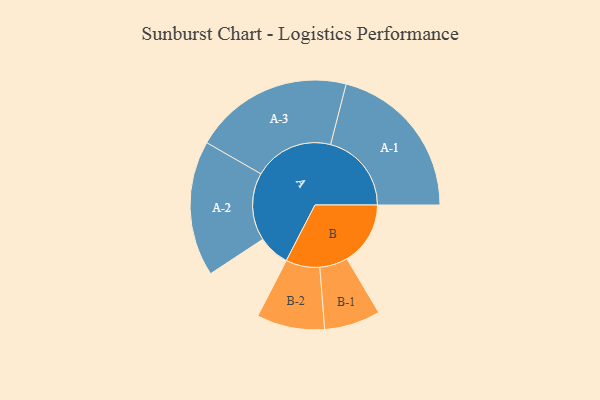
{"axis": {"x": "Segment", "y": "Value"}, "legend": ["", "A", "B"], "data": [{"x": "A", "y": 112, "type": ""}, {"x": "B", "y": 226, "type": ""}, {"x": "A-1", "y": 288, "type": "A"}, {"x": "A-2", "y": 241, "type": "A"}, {"x": "A-3", "y": 284, "type": "A"}, {"x": "B-1", "y": 100, "type": "B"}, {"x": "B-2", "y": 121, "type": "B"}]}